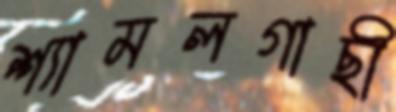
শ্যামলগাছী